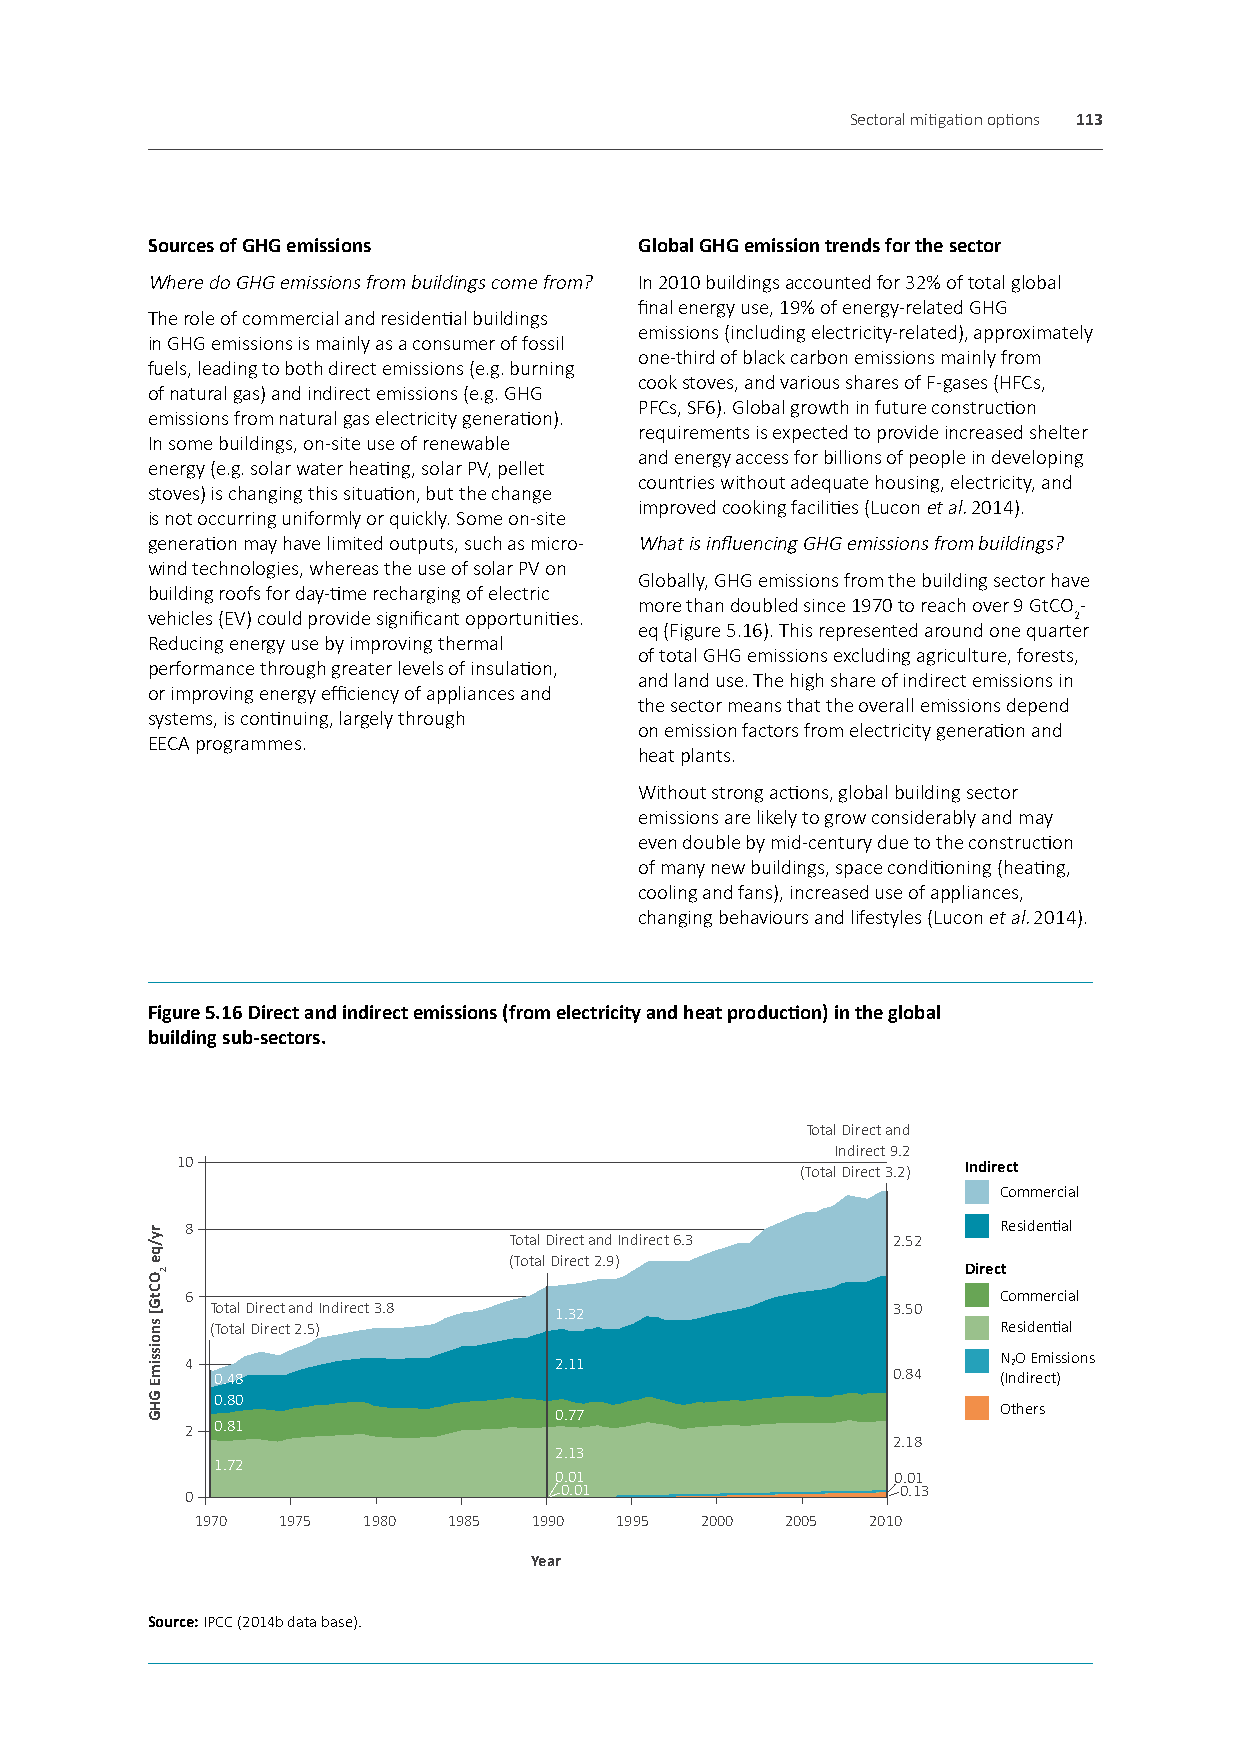
Sectoral mitigation options 113
 Sources of GHG emissions        Global GHG emission trends for the sector
 Where do GHG emissions from buildings come from? In 2010 buildings accounted for 32% of total global
 final energy use, 19% of energy-related GHG
 The role of commercial and residential buildings
 emissions (including electricity-related), approximately
 in GHG emissions is mainly as a consumer of fossil
 one-third of black carbon emissions mainly from
 fuels, leading to both direct emissions (e.g. burning
 cook stoves, and various shares of F-gases (HFCs,
 of natural gas) and indirect emissions (e.g. GHG
 PFCs, SF6). Global growth in future construction
 emissions from natural gas electricity generation).
 requirements is expected to provide increased shelter
 In some buildings, on-site use of renewable
 and energy access for billions of people in developing
 energy (e.g. solar water heating, solar PV, pellet
 countries without adequate housing, electricity, and
 stoves) is changing this situation, but the change
 improved cooking facilities (Lucon et al. 2014).
 is not occurring uniformly or quickly. Some on-site
 generation may have limited outputs, such as micro- What is influencing GHG emissions from buildings?
 wind technologies, whereas the use of solar PV on
 Globally, GHG emissions from the building sector have
 building roofs for day-time recharging of electric
 more than doubled since 1970 to reach over 9 GtCO-
 vehicles (EV) could provide significant opportunities.       2
 eq (Figure 5.16). This represented around one quarter
 Reducing energy use by improving thermal
 of total GHG emissions excluding agriculture, forests,
 performance through greater levels of insulation,
 and land use. The high share of indirect emissions in
 or improving energy efficiency of appliances and
 the sector means that the overall emissions depend
 systems, is continuing, largely through
 on emission factors from electricity generation and
 EECA programmes.
 heat plants.
 Without strong actions, global building sector
 emissions are likely to grow considerably and may
 even double by mid-century due to the construction
 of many new buildings, space conditioning (heating,
 cooling and fans), increased use of appliances,
 changing behaviours and lifestyles (Lucon et al. 2014).
 Figure 5.16 Direct and indirect emissions (from electricity and heat production) in the global
 building sub-sectors.
 Total Direct and
 Indirect 9.2
 10
 (Total Direct 3.2) Indirect
 Commercial
 8                                                     Residential
 Total Direct and Indirect 6.3 2.52
 (Total Direct 2.9)
 Direct
 6                                                     Commercial
 Total Direct and Indirect 3.8 1.32           3.50
 (Total Direct 2.5)                                  Residential
 4                        2.11                         N 2O Emissions
 0.48                                         0.84   (Indirect)
 0.80
 0.77                         Others
 2 0.81
 2.18
 2.13
 1.72
 0.01                  0.01
 0.01                   0.13
 0
 1970 1975  1980  1985 1990  1995 2000  2005  2010
 Year
 Source: IPCC (2014b data base).
 ry/qe
 OCtG[
 snoissimE
 GHG
 2